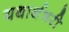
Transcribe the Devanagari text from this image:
यथार्थभरी